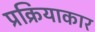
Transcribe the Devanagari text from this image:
प्रक्रियाकार